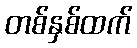
တစ်နှစ်ထက်